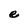
Character: e